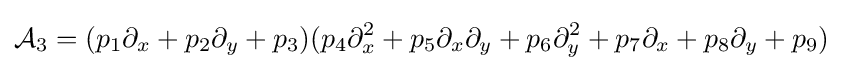
{\mathcal {A}}_{3}=(p_{1}\partial _{x}+p_{2}\partial _{y}+p_{3})(p_{4}\partial _{x}^{2}+p_{5}\partial _{x}\partial _{y}+p_{6}\partial _{y}^{2}+p_{7}\partial _{x}+p_{8}\partial _{y}+p_{9})